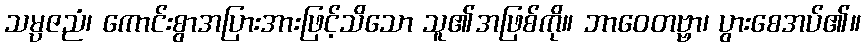
သမ္ပဇညံ၊ ကောင်းစွာအပြားအားဖြင့်သိသော သူ၏အဖြစ်ကို။ ဘာဝေတဗ္ဗာ၊ ပွားစေအပ်၏။